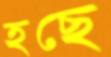
হছে